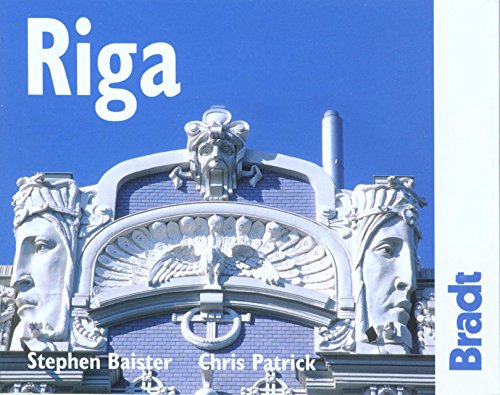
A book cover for Riga (Bradt Mini Guide); Stephen Baister; Travel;